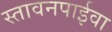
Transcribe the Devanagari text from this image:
स्तावनपाईवा